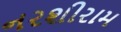
નરશીરામ